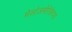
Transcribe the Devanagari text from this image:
मेसोअमेरिकेच्या